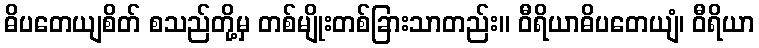
ဓိပတေယျစိတ် စသည်တို့မှ တစ်မျိုးတစ်ခြားသာတည်း။ ဝီရိယာဓိပတေယျံ၊ ဝီရိယာ